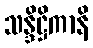
သန္ဒိဋ္ဌိကာနိ